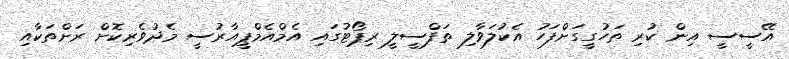
އޭސީސީ އިން ކުރި ތަހުގީގަށްފަހު އެކުލަވާލި ތަފްސީލީ ރިޕޯޓުގައި އެމްއެމްޕީއާރުސީ މެދުވެރިކޮށް ރަށްތަކާއި